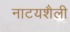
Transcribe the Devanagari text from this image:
नाटयशैली